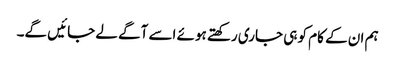
ہم ان کے کام کو ہی جاری رکھتے ہوئے اسے آگے لے جائیں گے۔